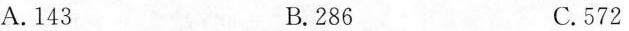
A.143 B.286 C.572